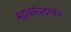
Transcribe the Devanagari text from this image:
महाबलेश्वरकर